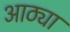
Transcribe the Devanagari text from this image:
आठ्या